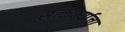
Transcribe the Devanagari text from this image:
सत्कर्म्याचा